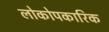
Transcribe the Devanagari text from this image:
लोकोपकारिक